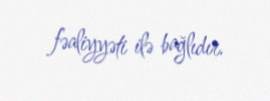
fəaliyyəti ilə bağlıdır.